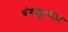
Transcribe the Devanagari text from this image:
बंगळुराला